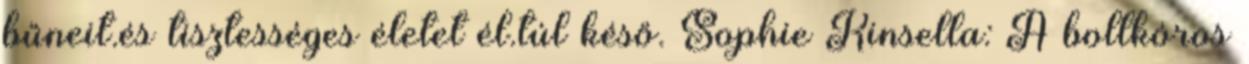
bűneit.és tisztességes életet él.túl késő. Sophie Kinsella: A boltkóros